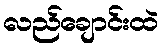
လည်ချောင်းထဲ